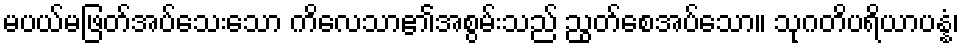
မပယ်မဖြတ်အပ်သေးသော ကိလေသာ၏အစွမ်းသည် ညွတ်စေအပ်သော။ သုဂတိပရိယာပန္နံ၊